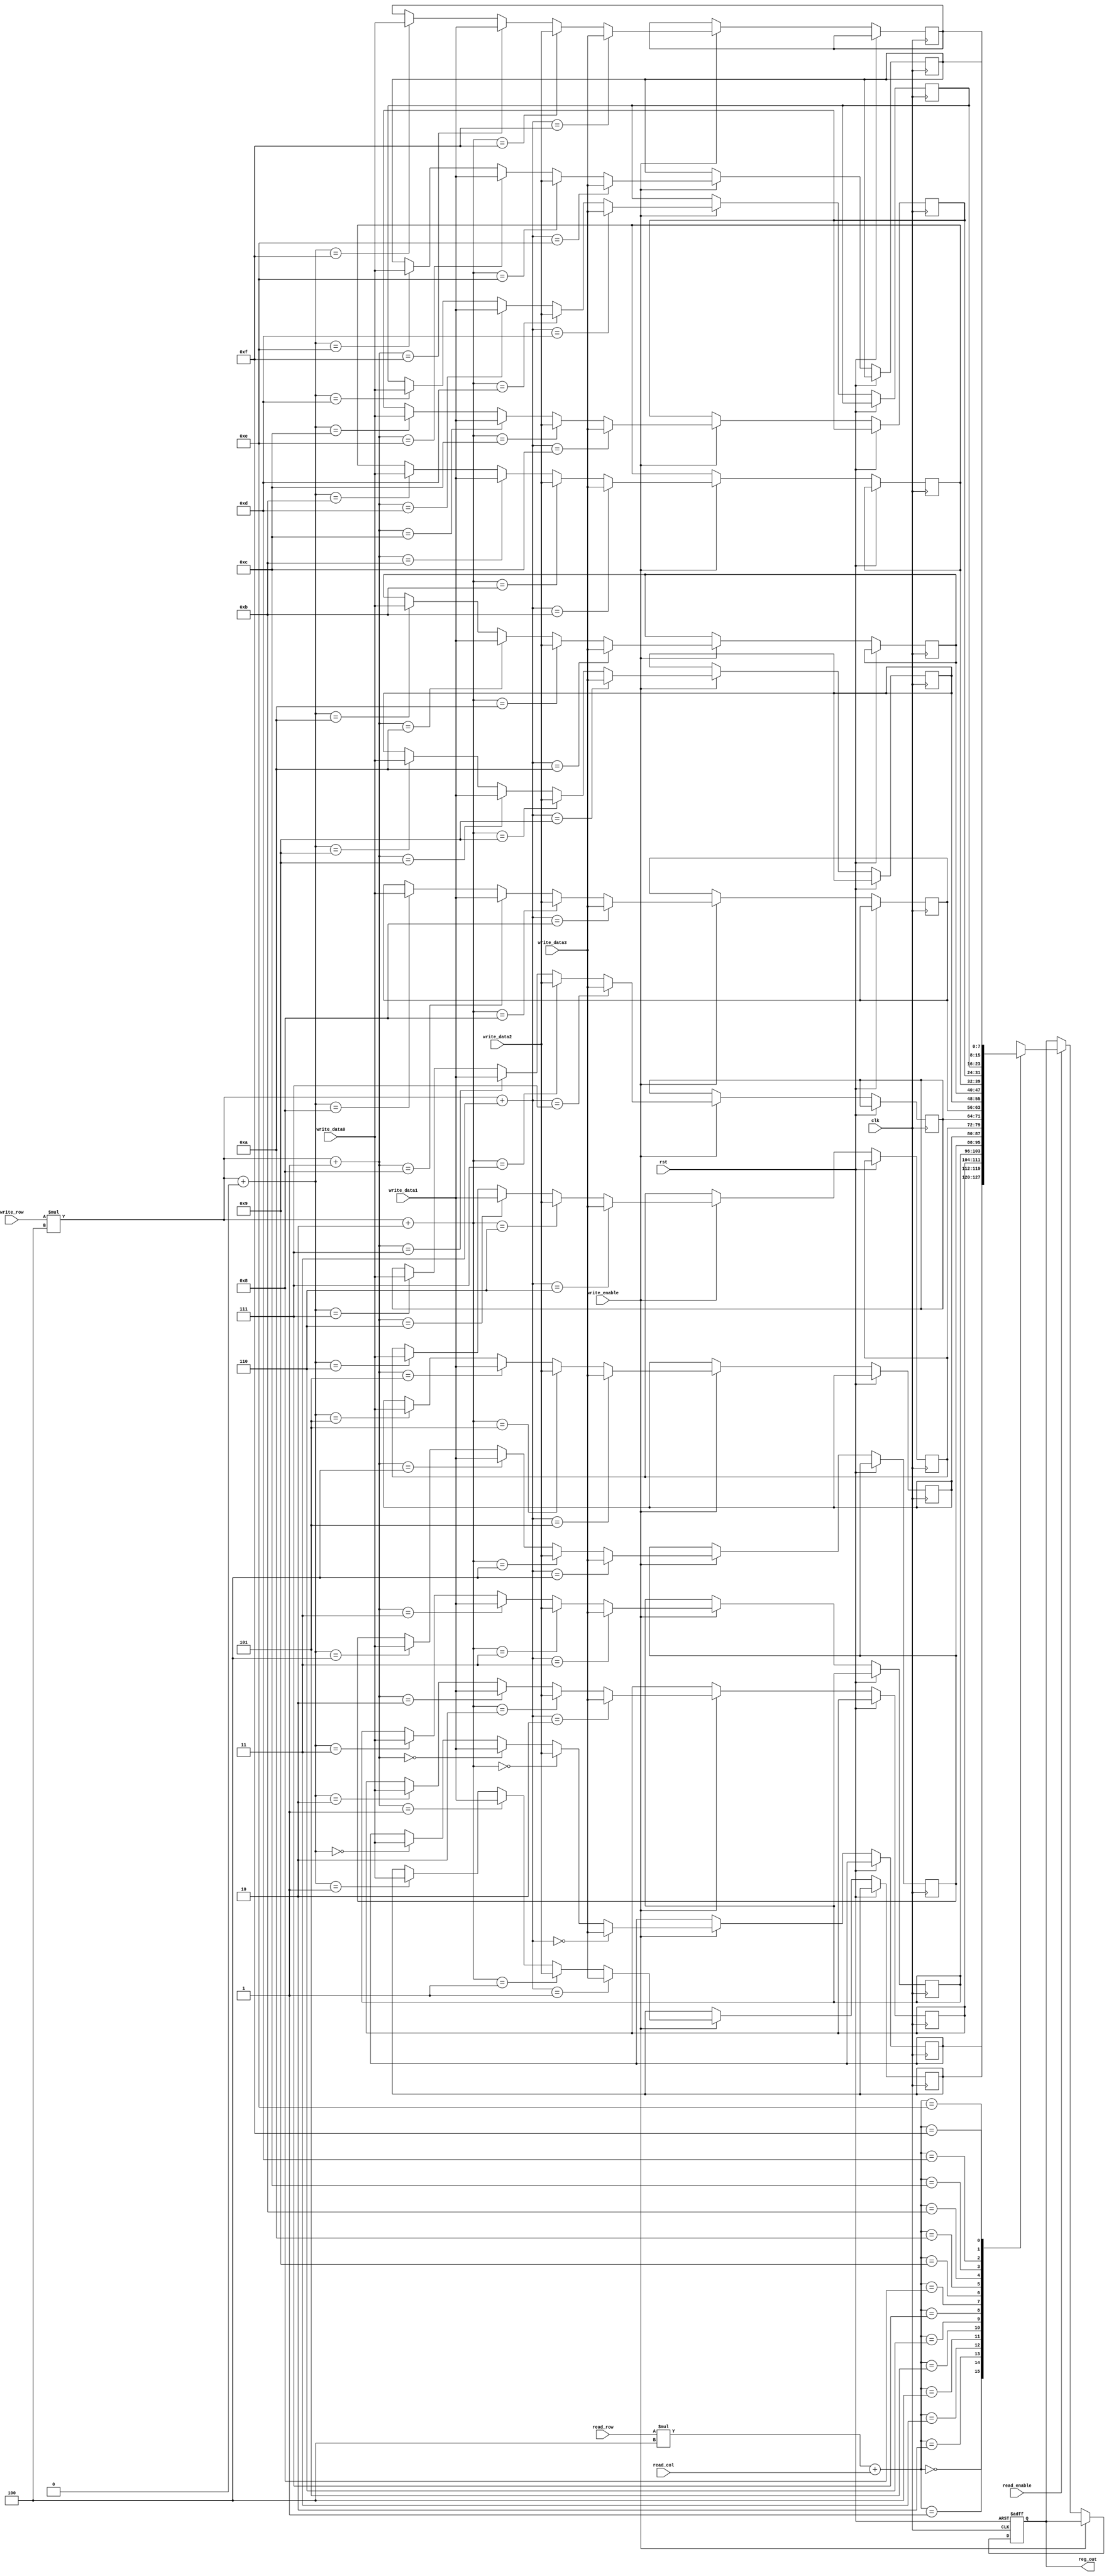

`timescale 1ns/1ns

module filter_register(input clk , rst , write_enable , read_enable , input [1:0] write_row ,input [2:0] read_row , read_col ,  input [7:0] write_data0 ,write_data1, write_data2 , write_data3 , output reg [7:0] reg_out);

  reg [7:0] buffer [3:0][3:0]; 
  integer i , j ;
  initial begin
    for ( i=0 ; i < 4 ; i=i+1 ) begin
      for (j =0 ; j < 4; j=j+1) begin
        buffer[i][j]=8'b0 ;
      end
    end    
  end


  always @(posedge clk or posedge rst) begin
    if (rst) begin
      reg_out <= 8'b00000000;
    end else if (write_enable) begin
	buffer[write_row][0] <= write_data0;
	buffer[write_row][1] <= write_data1;
	buffer[write_row][2] <= write_data2;
	buffer[write_row][3] <= write_data3;
    end else if ( read_enable )
	reg_out = buffer[read_row][read_col];
  end

endmodule